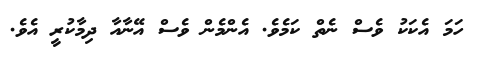
ހަމަ އެކަކު ވެސް ނެތް ކަމެވެ. އެންމެން ވެސް އޭނާއާ ދިމާކުރީ އެވެ.